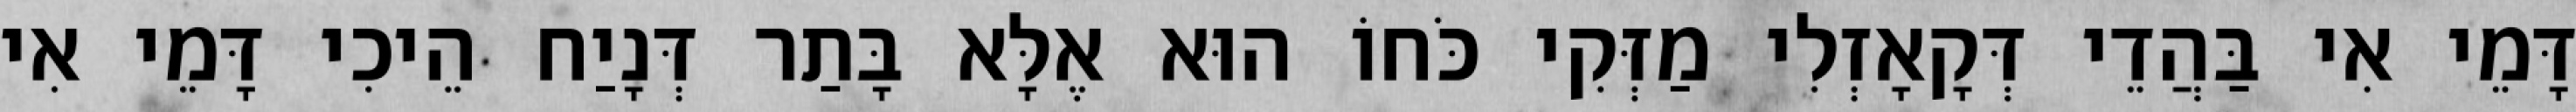
דָּמֵי אִי בַּהֲדֵי דְּקָאָזְלִי מַזְּקִי כֹּחוֹ הוּא אֶלָּא בָּתַר דְּנָיַח הֵיכִי דָּמֵי אִי